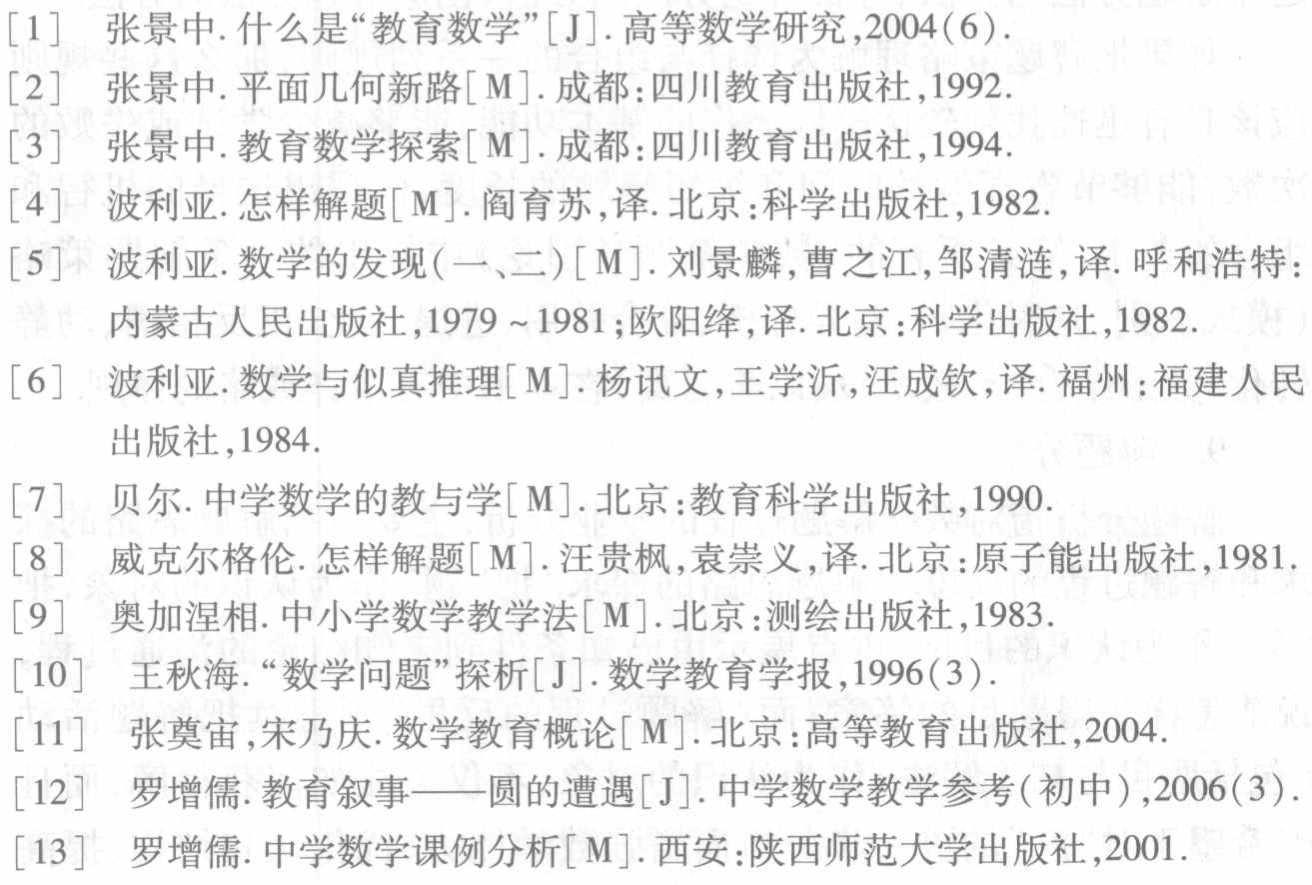
\begin{enumerate}
\item 张景中. 什么是“教育数学”[J]. 高等数学研究,2004(6).
\item 张景中. 平面几何新路[M]. 成都:四川教育出版社,1992.
\item 张景中. 教育数学探索[M]. 成都:四川教育出版社,1994.
\item 波利亚. 怎样解题[M]. 阎育苏,译. 北京:科学出版社,1982.
\item 波利亚. 数学的发现(一、二)[M]. 刘景麟,曹之江,邹清涟,译. 呼和浩特:内蒙古人民出版社,1979 ~ 1981;欧阳绛,译. 北京:科学出版社,1982.
\item 波利亚. 数学与似真推理[M]. 杨讯文,王学沂,汪成钦,译. 福州:福建人民出版社,1984.
\item 贝尔. 中学数学的教与学[M]. 北京:教育科学出版社,1990.
\item 威克尔格伦. 怎样解题[M]. 汪贵枫,袁崇义,译. 北京:原子能出版社,1981.
\item 奥加涅相. 中小学数学教学法[M]. 北京:测绘出版社,1983.
\item 王秋海. “数学问题”探析[J]. 数学教育学报,1996(3).
\item 张奠宙,宋乃庆. 数学教育概论[M]. 北京:高等教育出版社,2004.
\item 罗增儒. 教育叙事——圆的遭遇[J]. 中学数学教学参考(初中),2006(3).
\item 罗增儒. 中学数学课例分析[M]. 西安:陕西师范大学出版社,2001.
\end{enumerate}